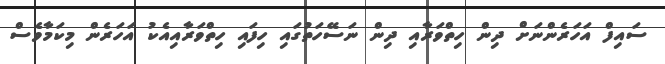
ސައިފް އަހަރެންނަށް ދިން ހިތްވަރާއި ދިން ނަސޭހަތުގައި ހިފައި ހިތްވަރާއިއެކު އަހަރެން މިކަމާވެސް